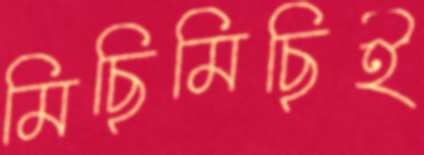
মিছিমিছিই